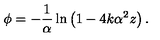
\phi = - \frac { 1 } { \alpha } \ln \left( 1 - 4 k \alpha ^ { 2 } z \right) .